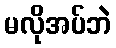
မလိုအပ်ဘဲ